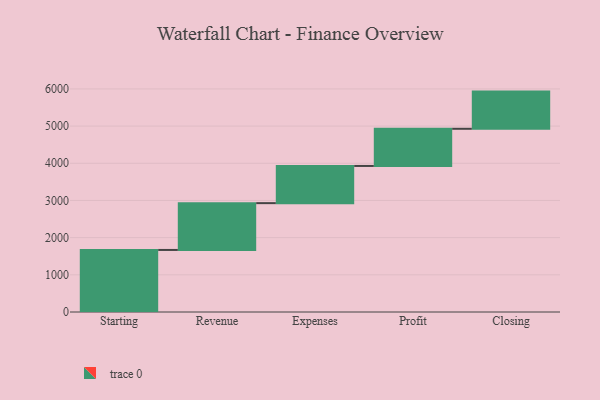
{"axis": {"x": "Step", "y": "Value"}, "legend": [""], "data": [{"x": "Starting", "y": 1669.0, "type": ""}, {"x": "Revenue", "y": 1259.0, "type": ""}, {"x": "Expenses", "y": 1000, "type": ""}, {"x": "Profit", "y": 1000, "type": ""}, {"x": "Closing", "y": 1000, "type": ""}]}